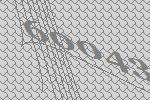
60043